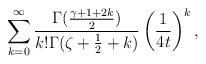
LaTeX: \begin{align*} \sum_{k=0}^\infty\frac{\Gamma(\frac{\gamma+1+2k}{2})}{k!\Gamma(\zeta+\frac12+k)}\left(\frac{1}{4t}\right)^k,\end{align*}